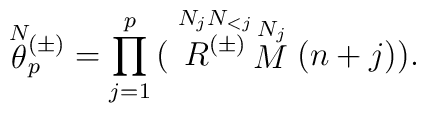
\stackrel{N}{\theta}{}\!\!^{(\pm)}_{p}  =   \prod_{j=1}^p \big( \stackrel{N_{j}N_{<j}}{R^{(\pm)}}   \stackrel{N_j}{M}(n+j)\big).